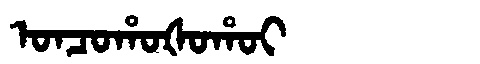
Manchu: ᠣᠨᠴᠣᡥᠣᡧᠣᡥᠣᡳ
Romanization: ONCOHOŠOHOI